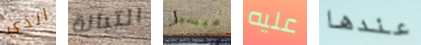
الذي التبانة ميسي عليه عندها